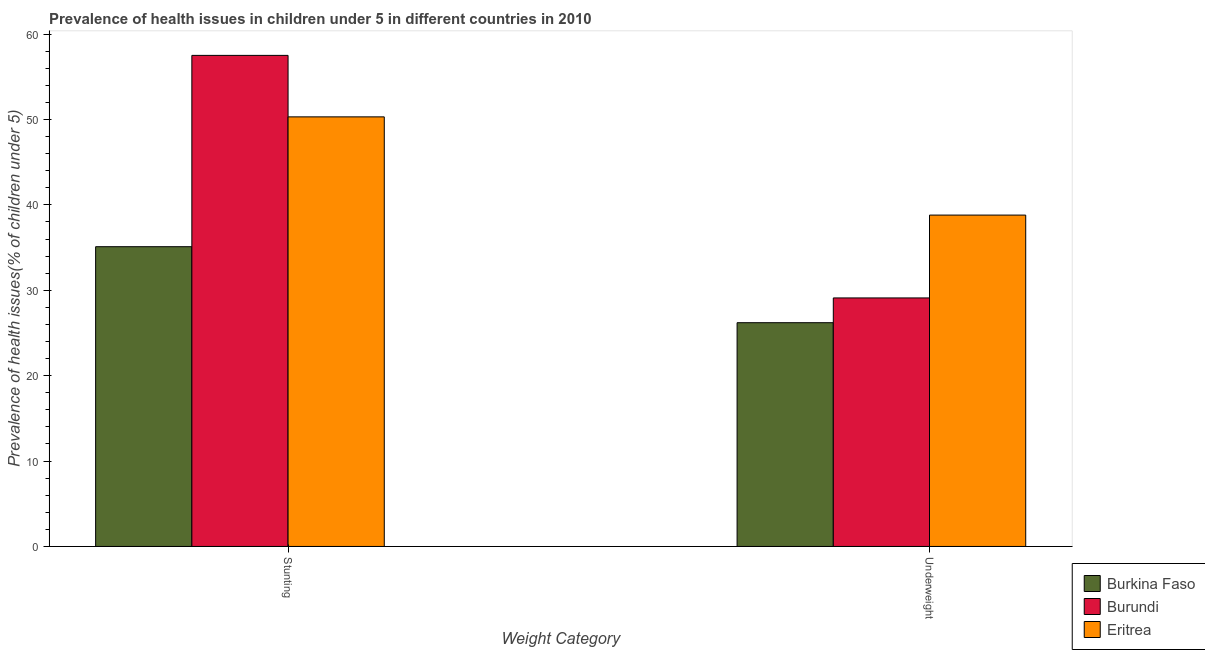
| Weight Category | Burkina Faso | Burundi | Eritrea |
 | --- | --- | --- | --- |
 | Stunting | 35.1 | 57.5 | 50.3 |
 | Underweight | 26.2 | 29.1 | 38.8 |